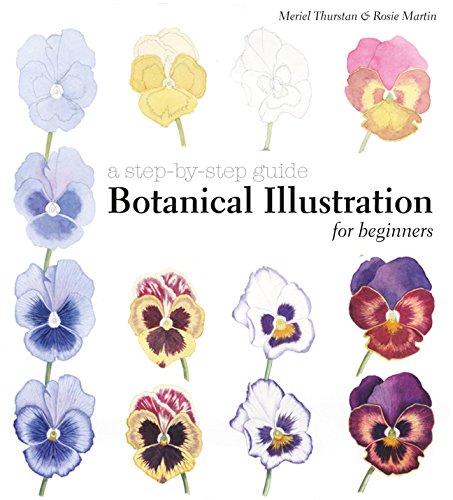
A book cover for Botanical Illustration for Beginners: A Step-by-Step Guide; Meriel Thurstan; Arts & Photography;